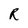
Character: R